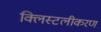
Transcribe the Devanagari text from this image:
क्लिस्टलीकरण